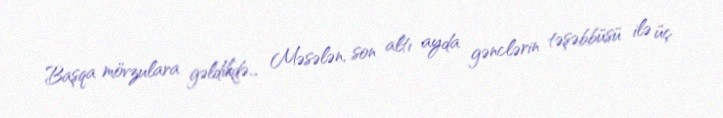
Başqa mövzulara gəldikdə… Məsələn, son altı ayda gənclərin təşəbbüsü ilə üç